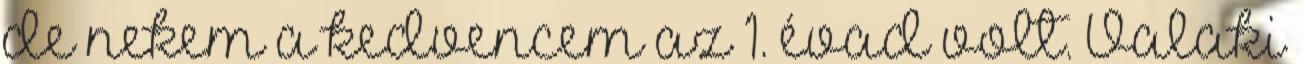
de nekem a kedvencem az 1. évad volt. Valaki